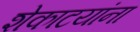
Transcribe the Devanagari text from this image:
शेकाटयांना